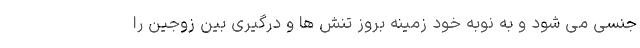
جنسی می شود و به نوبه خود زمینه‌ بروز تنش ها و درگیری بین زوجین را